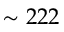
\sim 2 2 2